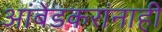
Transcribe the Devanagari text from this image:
आंबेडकरांनाही